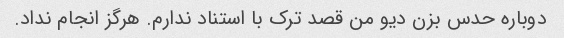
دوباره حدس بزن دیو من قصد ترک با استناد ندارم. هرگز انجام نداد.